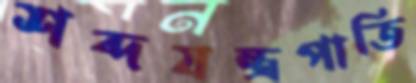
শব্দযন্ত্রপাতি